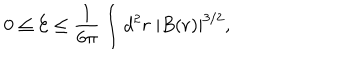
0 \leq \mathcal { E } \leq \frac { 1 } { 6 \pi } \int d ^ { 2 } r \; | B ( \mathbf { r } ) | ^ { 3 / 2 } ,